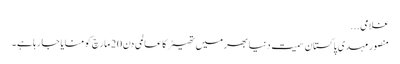
غلامی ...
منصور مہدی پاکستان سمیت دنیا بھر میں تھیٹر کا عالمی دن 20 مارچ کو منایا جا رہا ہے ۔